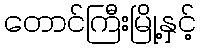
တောင်ကြီးမြို့နှင့်